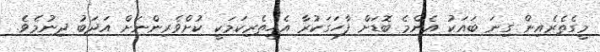
މީގެތެރެއިން ގިނަ ބައަކު އެންމެ ބޮޑަށް ފާހަގަކުރާ އެހީތެރިކަމަކީ ކުށްވެރިންނަށް އަދަބު ދިނުމެވެ.